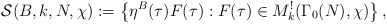
\begin{align*}\mathcal{S}(B,k,N,\chi):=\left\lbrace\eta^{B}(\tau)F(\tau):F(\tau)\in M^{!}_{k}(\Gamma_{0}(N),\chi) \right\rbrace,\end{align*}